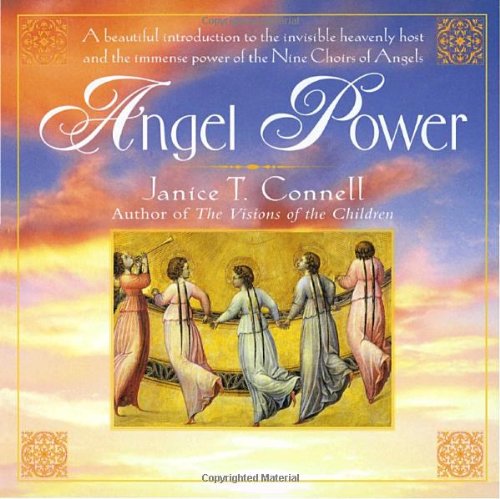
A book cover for Angel Power; Janice T. Connell; Christian Books & Bibles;